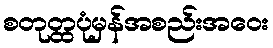
စတုတ္ထပုံမှန်အစည်းအဝေး